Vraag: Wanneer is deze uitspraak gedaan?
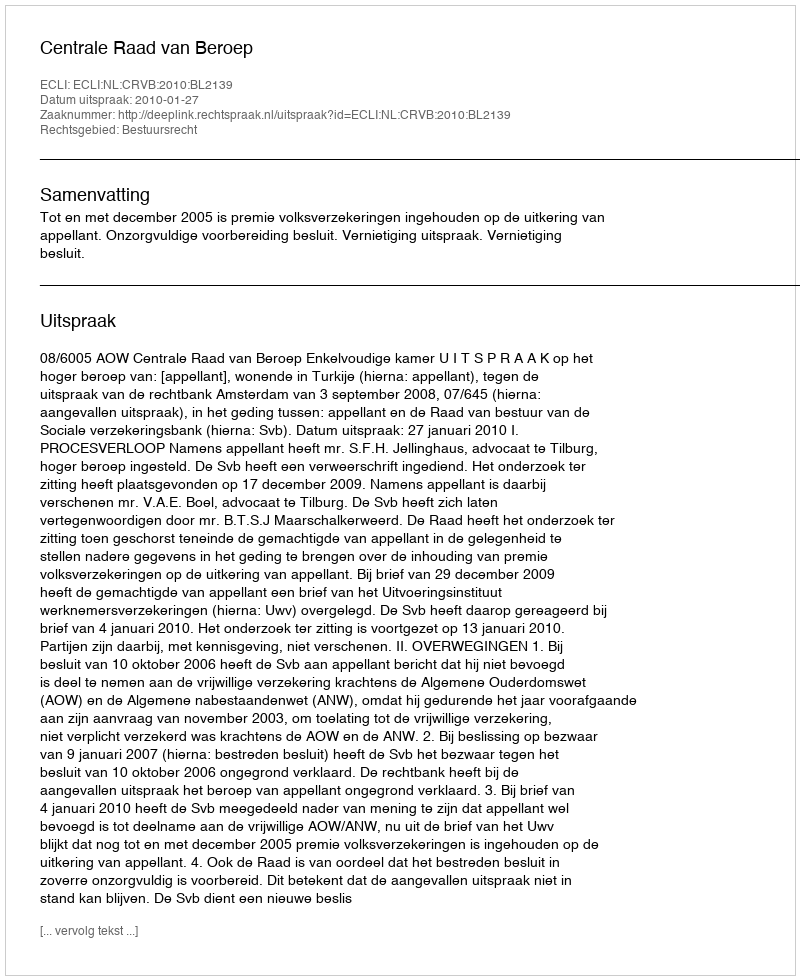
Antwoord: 2010-01-27